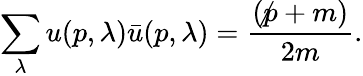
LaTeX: \sum_{\lambda}u(p,{\lambda})\bar{u}(p,{\lambda})=\frac{(\not p+m)}{2m}.